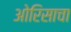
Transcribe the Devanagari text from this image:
ओरिसाचा